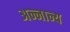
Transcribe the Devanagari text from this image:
अन्नान्य